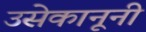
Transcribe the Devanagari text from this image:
उसेकानूनी